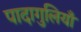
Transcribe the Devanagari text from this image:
पादागुलियाँ